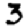
Digit: 3